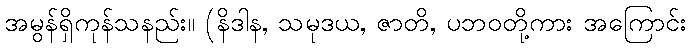
အမွန်ရှိကုန်သနည်း။ (နိဒါန, သမုဒယ, ဇာတိ, ပဘဝတို့ကား အကြောင်း